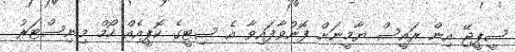
ސީޕީޖޭ އިން ރައީސް ޔާމީނަށް ފޮނުވާފައިވާ އެ ސިޓީގެ ކޮޕީއެއް ހޯމް މިނިސްޓަރު